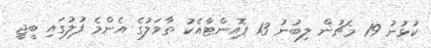
ކުޅުނު 19 މެޗުން ލިބުނު 13 ޕޮއިންޓާއެކު ތާވަލުގެ އެންމެ ފުލުގައި ބީޖީ